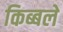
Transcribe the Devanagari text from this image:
किब्बले